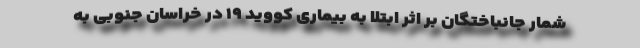
شمار جانباختگان بر اثر ابتلا به بیماری کووید ۱۹ در خراسان جنوبی به